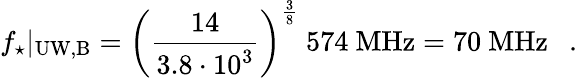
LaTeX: f_{\star}|_{\mathrm{UW,B}}=\left({\frac{14}{3.8\cdot 10^{3}}}\right)^{\frac{3}{8}}~574~\mathrm{MHz}=70~\mathrm{MHz}~~\ .